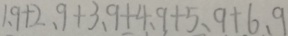
1 . 9 + 2 . 9 + 3 . 9 + 4 . 9 + 5 . 9 + 6 . 9